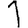
Digit: 1